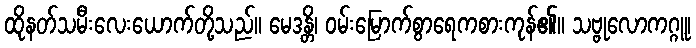
ထိုနတ်သမီးလေးယောက်တို့သည်။ မေဒန္တိ၊ ဝမ်းမြောက်စွာရေကစားကုန်၏။ သဗ္ဗုလောကဂ္ဂူ၊